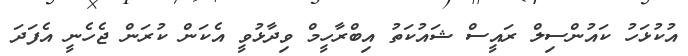
އުކުޅަހު ކައުންސިލް ރައީސް ޝައުކަތު އިބްރާހީމް ވިދާޅުވީ އެކަން ކުރަން ޖެހެނީ އެފަދަ